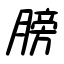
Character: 膀